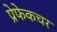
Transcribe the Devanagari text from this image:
प्रेफेकचर